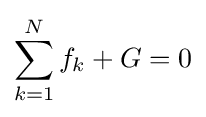
\sum _{k=1}^{N}f_{k}+G=0